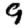
Digit: 9